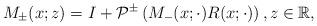
LaTeX: \begin{align*}M_{\pm}(x;z)=I+\mathcal{P}^{\pm}\left(M_{-}(x; \cdot) R(x ;\cdot)\right) , z \in \mathbb{R},\end{align*}